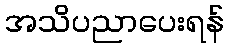
အသိပညာပေးရန်